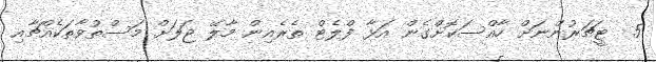
5  ޓީޗަރުންނަށް ހާއްސަކޮށްގެން އަޅާ ފްލެޓް ތެރެއިން މާލޭ ޖަލަށް މަސްތުވާތަކެއްޗާއި